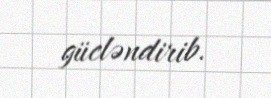
gücləndirib.